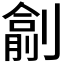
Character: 𠟖